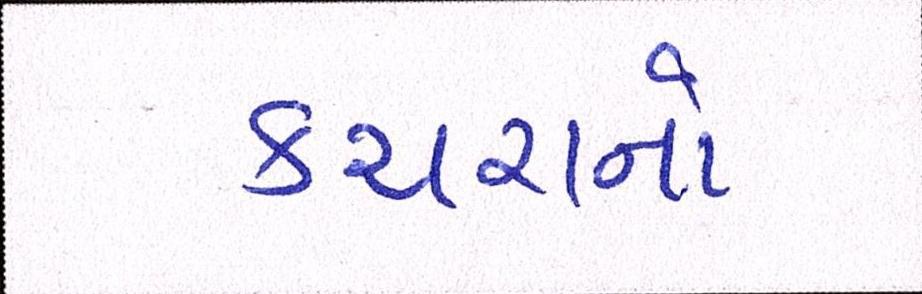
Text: કચરાનો